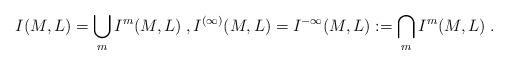
LaTeX: \begin{align*}I(M,L)=\bigcup_mI^m(M,L)\;,I^{(\infty)}(M,L)=I^{-\infty}(M,L):=\bigcap_mI^m(M,L)\;.\end{align*}